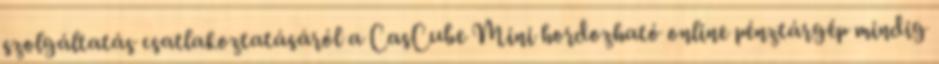
szolgáltatás csatlakoztatásáról a CasCube Mini hordozható online pénztárgép mindig